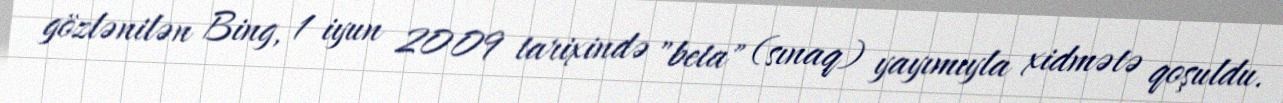
gözlənilən Bing, 1 iyun 2009 tarixində "beta" (sınaq) yayımıyla xidmətə qoşuldu.